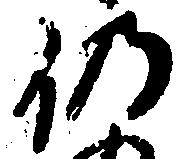
仍